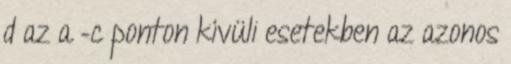
d az a –c ponton kívüli esetekben az azonos